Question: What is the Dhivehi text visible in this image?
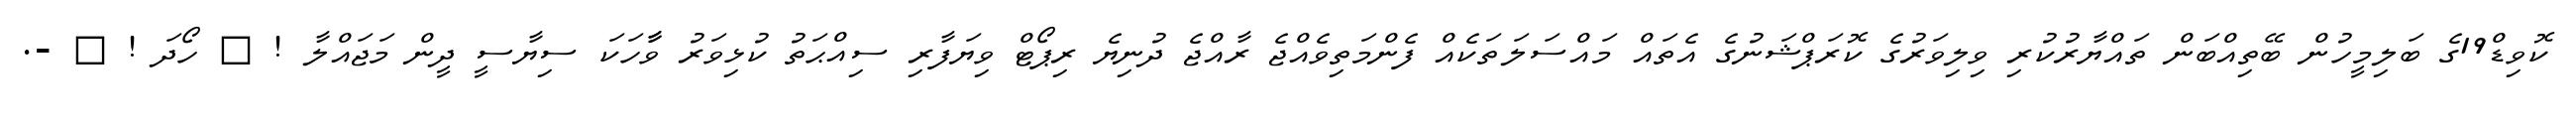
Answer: ކޮވިޑް19ގެ ބަލިމީހުން ބޭތިއްބަން ތައްޔާރުކުރި ވިލިވަރުގެ ކޮރަޕްޝަނުގެ އެތައް މައްސަލަތަކެއް ފެންމަތިވެއްޖެ ރާއްޖެ ދުނިޔެ ރިޕޯޓް ވިޔަފާރި ސިއްޙަތު ކުޅިވަރު ވާާހަކަ ސިޔާސީ ދީން މަޖައްލާ ! ? ހޯދަ ! ? -.